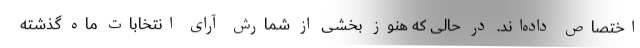
اختصاص داده‌اند. در حالی که هنوز بخشی از شمارش آرای انتخابات ماه گذشته